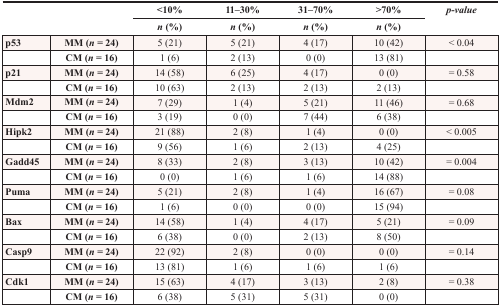
<table><thead><tr><td rowspan="2" colspan="2"></td><td><b>&lt;10%</b></td><td><b>11–30%</b></td><td><b>31–70%</b></td><td><b>&gt;70%</b></td><td rowspan="2"><b><i>p</i>-value</b></td></tr><tr><td><b><i>n</i> (%)</b></td><td><b><i>n</i> (%)</b></td><td><b><i>n</i> (%)</b></td><td><b><i>n</i> (%)</b></td></tr></thead><tbody><tr><td><b>p53</b></td><td><b>MM (<i>n</i> = 24)</b></td><td>5 (21)</td><td>5 (21)</td><td>4 (17)</td><td>10 (42)</td><td>&lt; 0.04</td></tr><tr><td></td><td><b>CM (<i>n</i> = 16)</b></td><td>1 (6)</td><td>2 (13)</td><td>0 (0)</td><td>13 (81)</td><td></td></tr><tr><td><b>p21</b></td><td><b>MM (<i>n</i> = 24)</b></td><td>14 (58)</td><td>6 (25)</td><td>4 (17)</td><td>0 (0)</td><td>= 0.58</td></tr><tr><td></td><td><b>CM (<i>n</i> = 16)</b></td><td>10 (63)</td><td>2 (13)</td><td>2 (13)</td><td>2 (13)</td><td></td></tr><tr><td><b>Mdm2</b></td><td><b>MM (<i>n</i> = 24)</b></td><td>7 (29)</td><td>1 (4)</td><td>5 (21)</td><td>11 (46)</td><td>= 0.68</td></tr><tr><td></td><td><b>CM (<i>n</i> = 16)</b></td><td>3 (19)</td><td>0 (0)</td><td>7 (44)</td><td>6 (38)</td><td></td></tr><tr><td><b>Hipk2</b></td><td><b>MM (<i>n</i> = 24)</b></td><td>21 (88)</td><td>2 (8)</td><td>1 (4)</td><td>0 (0)</td><td>&lt; 0.005</td></tr><tr><td></td><td><b>CM (<i>n</i> = 16)</b></td><td>9 (56)</td><td>1 (6)</td><td>2 (13)</td><td>4 (25)</td><td></td></tr><tr><td><b>Gadd45</b></td><td><b>MM (<i>n</i> = 24)</b></td><td>8 (33)</td><td>2 (8)</td><td>3 (13)</td><td>10 (42)</td><td>= 0.004</td></tr><tr><td></td><td><b>CM (<i>n</i> = 16)</b></td><td>0 (0)</td><td>1 (6)</td><td>1 (6)</td><td>14 (88)</td><td></td></tr><tr><td><b>Puma</b></td><td><b>MM (<i>n</i> = 24)</b></td><td>5 (21)</td><td>2 (8)</td><td>1 (4)</td><td>16 (67)</td><td>= 0.08</td></tr><tr><td></td><td><b>CM (<i>n</i> = 16)</b></td><td>1 (6)</td><td>0 (0)</td><td>0 (0)</td><td>15 (94)</td><td></td></tr><tr><td><b>Bax</b></td><td><b>MM (<i>n</i> = 24)</b></td><td>14 (58)</td><td>1 (4)</td><td>4 (17)</td><td>5 (21)</td><td>= 0.09</td></tr><tr><td></td><td><b>CM (<i>n</i> = 16)</b></td><td>6 (38)</td><td>0 (0)</td><td>2 (13)</td><td>8 (50)</td><td></td></tr><tr><td><b>Casp9</b></td><td><b>MM (<i>n</i> = 24)</b></td><td>22 (92)</td><td>2 (8)</td><td>0 (0)</td><td>0 (0)</td><td>= 0.14</td></tr><tr><td></td><td><b>CM (<i>n</i> = 16)</b></td><td>13 (81)</td><td>1 (6)</td><td>1 (6)</td><td>1 (6)</td><td></td></tr><tr><td><b>Cdk1</b></td><td><b>MM (<i>n</i> = 24)</b></td><td>15 (63)</td><td>4 (17)</td><td>3 (13)</td><td>2 (8)</td><td>= 0.38</td></tr><tr><td></td><td><b>CM (<i>n</i> = 16)</b></td><td>6 (38)</td><td>5 (31)</td><td>5 (31)</td><td>0 (0)</td><td></td></tr></tbody></table>